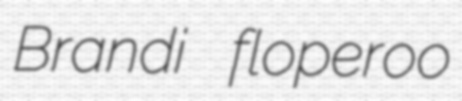
Brandi floperoo